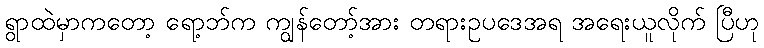
ရွာထဲမှာကတော့ ရော့ဘ်က ကျွန်တော့်အား တရားဥပဒေအရ အရေးယူလိုက် ပြီဟု